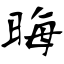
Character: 晦